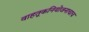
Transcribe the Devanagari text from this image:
वाहतूकनियोजनाचाच